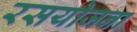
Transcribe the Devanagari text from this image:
रसयोजना